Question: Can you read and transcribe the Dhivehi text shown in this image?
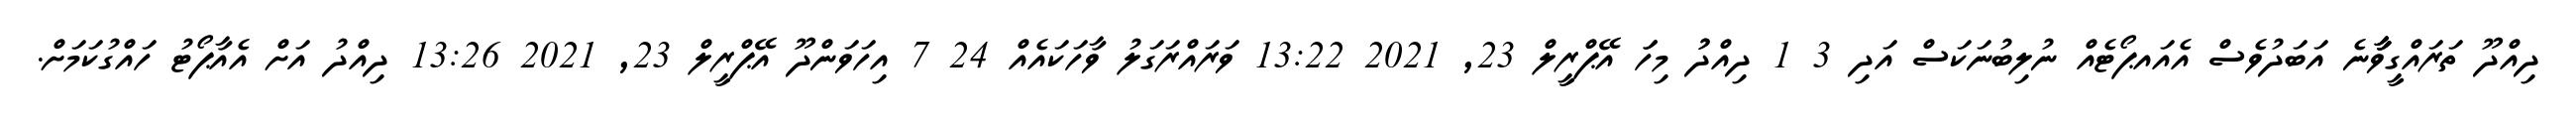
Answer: ދިއްދޫ ތަރައްގީވާާާނެ އަބަދުވެސް އެއައޕޯޓެއް ނުލިބުނަކަސް އަދި 3 1 ދިއްދުު މިހަަ އޭޕްރީލް 23, 2021 13:22 ވަރައްރަގަލު ވާހަކައެއް 24 7 އިހަވަންދޫ އޭޕްރީލް 23, 2021 13:26 ދިއްދު އަށް އެއާޕޯޓު ހައްގުކަމަށް.